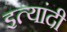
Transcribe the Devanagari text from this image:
इत्यांदी